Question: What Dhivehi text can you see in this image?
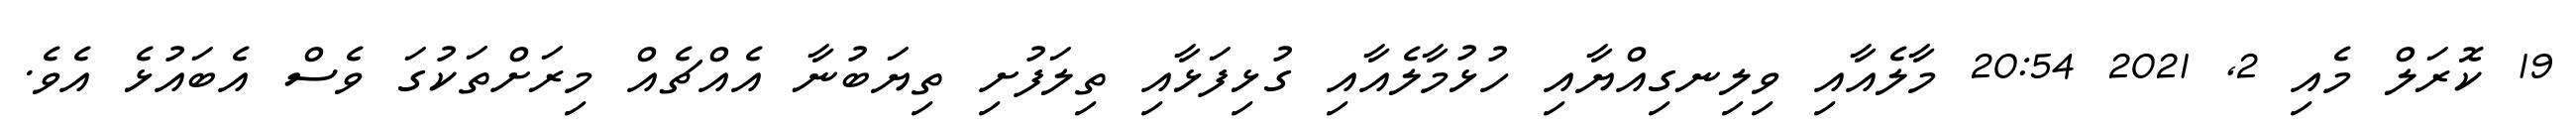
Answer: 19 ކޮރަލް މެއި 2, 2021 20:54 މާލެއާއި ވިލިނގިއްޔާއި ހުޅުމާލެއާއި ގުޅިފަޅާއި ތިލަފުށި ތިޔަބުނާ އެއްޗެއް މިރަށްތަކުގަ ވެސް އެބައުޅެ އެވެ.